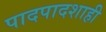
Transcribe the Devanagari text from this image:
पादपादशाही